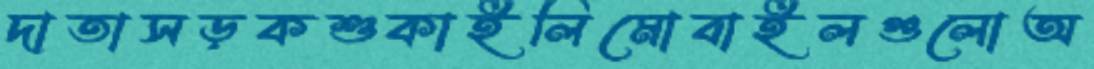
দাতাসড়কশুকাইলিমোবাইলগুলোঅ